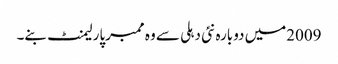
2009میں دوبارہ نئی دہلی سے وہ ممبرپارلیمنٹ بنے۔